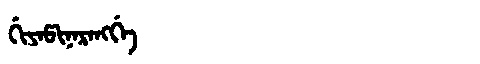
Manchu: ᡤᡳᠶᠠᡦᡳᠨᠠᡵᠠᠩᡤᡝ
Romanization: GIYAPINARANGGE